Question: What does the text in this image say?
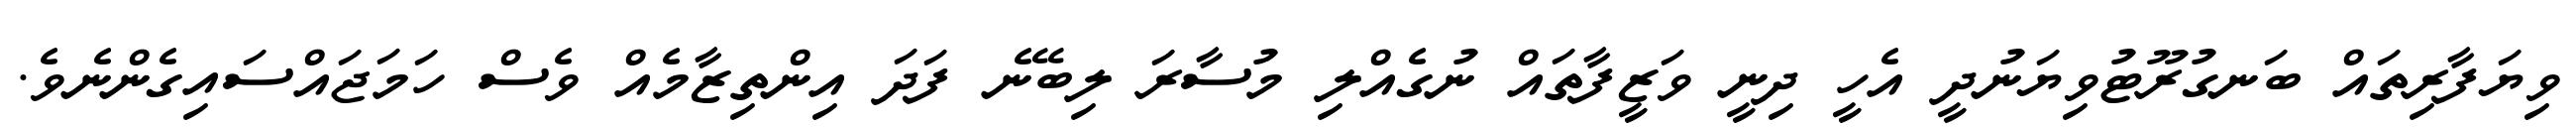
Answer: ވިޔަފާރިތައް ބަނގުރޫޓުވިޔަނުދީ އެހީ ދިނީ ވަޒީފާތައް ނުގެއްލި މުސާރަ ލިބޭނެ ފަދަ އިންތިޒާމެއް ވެސް ހަމަޖައްސައިގެންނެވެ.